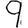
Digit: 9